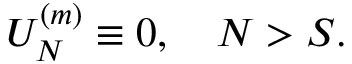
U _ { N } ^ { ( m ) } \equiv 0 , \quad N > S .